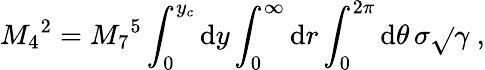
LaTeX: M_{4}{}^{2}=M_{7}{}^{5}\int_{0}^{y_{c}}\mathrm{d}y\int_{0}^{\infty}\mathrm{d}r\int_{0}^{2\pi}\mathrm{d}\theta\, \sigma\sqrt{}{{\gamma}}~,